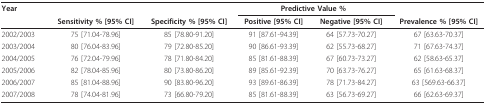
<table><thead><tr><td><b>Year</b></td><td></td><td></td><td colspan="2"><b>Predictive Value %</b></td><td></td></tr><tr><td></td><td><b>Sensitivity % [95% CI]</b></td><td><b>Specificity % [95% CI]</b></td><td><b>Positive [95% CI]</b></td><td><b>Negative [95% CI]</b></td><td><b>Prevalence % [95% CI]</b></td></tr></thead><tbody><tr><td>2002/2003</td><td>75 [71.04-78.96]</td><td>85 [78.80-91.20]</td><td>91 [87.61-94.39]</td><td>64 [57.73-70.27]</td><td>67 [63.63-70.37]</td></tr><tr><td>2003/2004</td><td>80 [76.04-83.96]</td><td>79 [72.80-85.20]</td><td>90 [86.61-93.39]</td><td>62 [55.73-68.27]</td><td>71 [67.63-74.37]</td></tr><tr><td>2004/2005</td><td>76 [72.04-79.96]</td><td>78 [71.80-84.20]</td><td>85 [81.61-88.39]</td><td>67 [60.73-73.27]</td><td>62 [58.63-65.37]</td></tr><tr><td>2005/2006</td><td>82 [78.04-85.96]</td><td>80 [73.80-86.20]</td><td>89 [85.61-92.39]</td><td>70 [63.73-76.27]</td><td>65 [61.63-68.37]</td></tr><tr><td>2006/2007</td><td>85 [81.04-88.96]</td><td>90 [83.80-96.20]</td><td>93 [89.61-86.39]</td><td>78 [71.73-84.27]</td><td>63 [569.63-66.37]</td></tr><tr><td>2007/2008</td><td>78 [74.04-81.96]</td><td>73 [66.80-79.20]</td><td>85 [81.61-88.39]</td><td>63 [56.73-69.27]</td><td>66 [62.63-69.37]</td></tr></tbody></table>